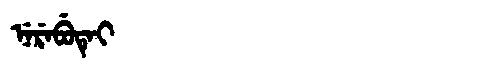
Manchu: ᠨᡝᡵᡝᠪᡠᡨᡝᡳ
Romanization: NEREBUTEI